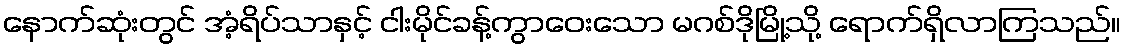
နောက်ဆုံးတွင် အံ့ရိပ်သာနှင့် ငါးမိုင်ခန့်ကွာဝေးသော မဂစ်ဒိုမြို့သို့ ရောက်ရှိလာကြသည်။